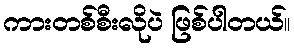
ကားတစ်စီးလိုပဲ ဖြစ်ပါတယ်။